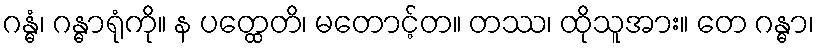
ဂန္ဓံ၊ ဂန္ဓာရုံကို။ န ပတ္ထေတိ၊ မတောင့်တ။ တဿ၊ ထိုသူအား။ တေ ဂန္ဓာ၊